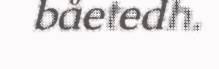
båetedh.